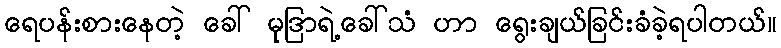
ရေပန်းစားနေတဲ့ ခေါ် မုဒြာရဲ့ခေါ်သံ ဟာ ရွေးချယ်ခြင်းခံခဲ့ရပါတယ်။